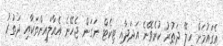
އެގައުމަށް ހިލޭ ދަތުރު ކުރެވޭނެ އަދަދާއި ޓިކެޓް ނަގަން ޖެހޭނެ އެއާލައިންތަކާއި ދަތުރު